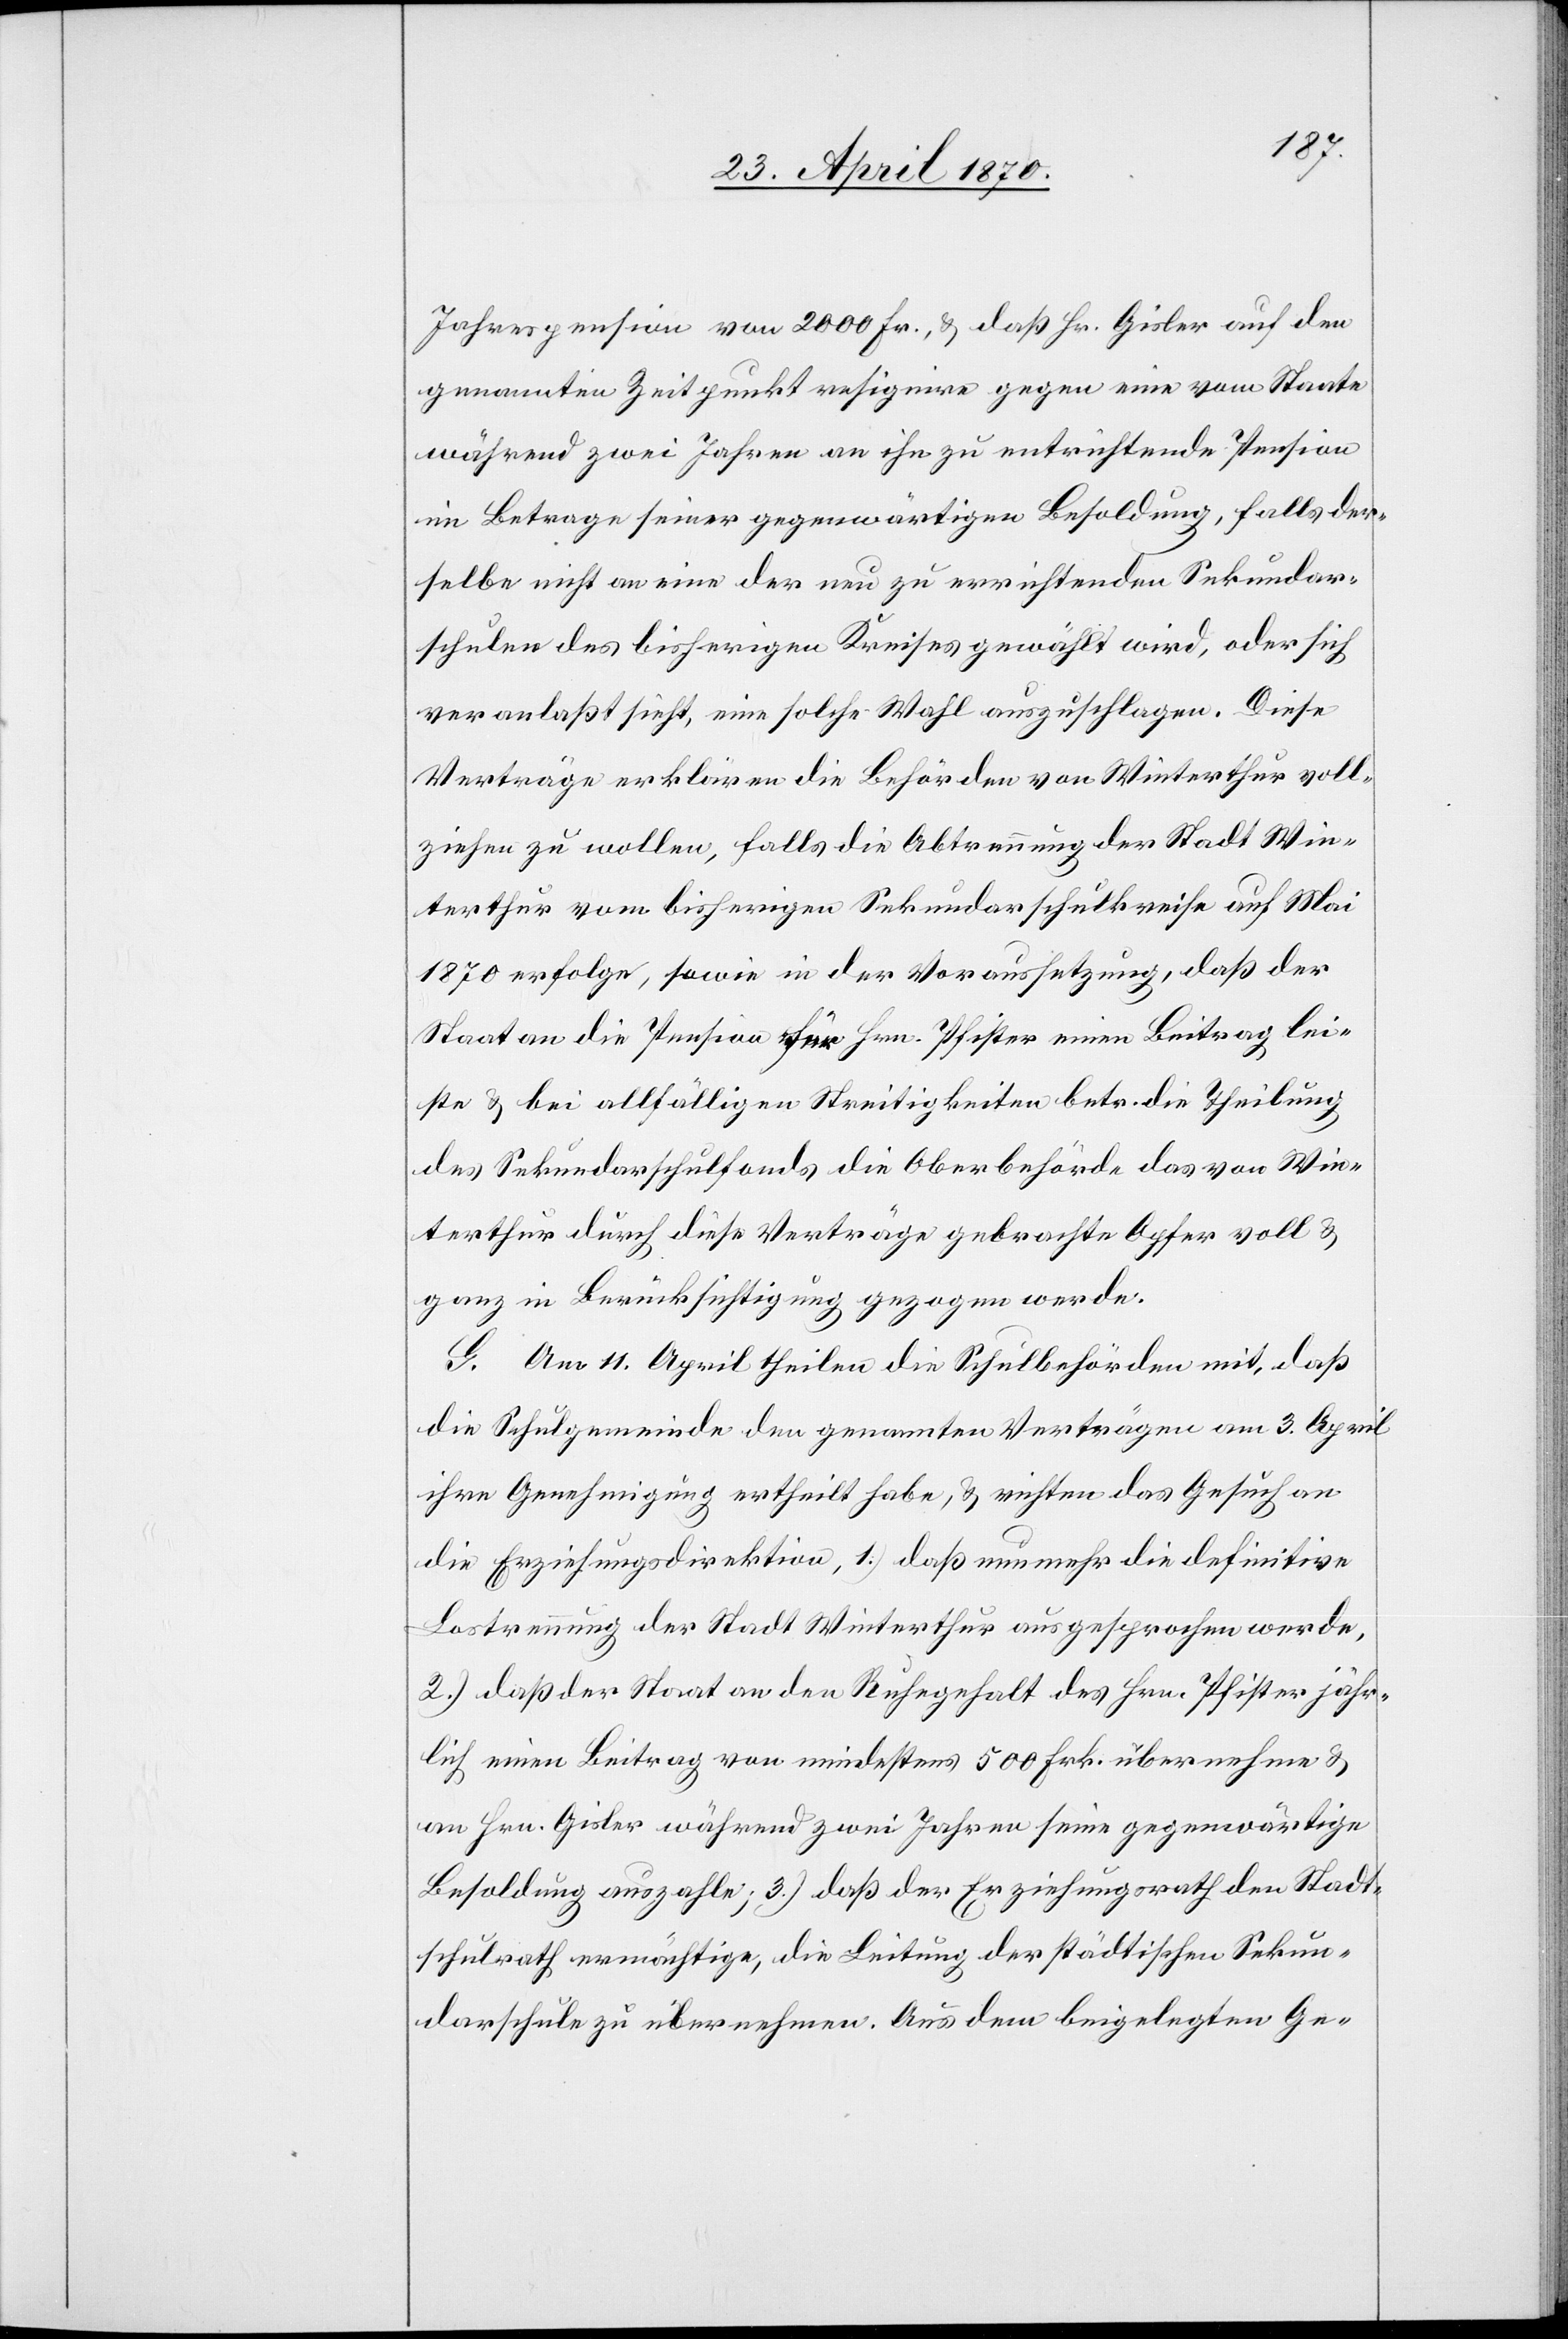
Jahrespension von 2000 Fr., & daß Hr. Gisler auf den
genannten Zeitpunkt resignire gegen eine vom Staate
während zwei Jahren an ihn zu entrichtende Pension
im Betrage seiner gegenwärtigen Besoldung, falls der¬
selbe nicht an eine der neu zu errichtenden Sekundar¬
schulen des bisherigen Kreises gewählt wird, oder sich
veranlaßt sieht, eine solche Wahl auszuschlagen. Diese
Verträge erklären die Behörden von Winterthur voll¬
ziehen zu wollen, falls die Abtrennung der Stadt Win¬
terthur vom bisherigen Sekundarschulkreise auf Mai
1870 erfolge, sowie in der Voraussetzung, daß der
Staat an die Pension für Hrn. Pfister einen Beitrag lei¬
ste & bei allfälligen Streitigkeiten betr. die Theilung
des Sekundarschulfonds die Oberbehörde das von Win¬
terthur durch diese Verträge gebrachte Opfer voll &
ganz in Berücksichtigung gezogen werde.
G. Am 11. April theilen die Schulbehörden mit, daß
die Schulgemeinde den genannten Verträgen am 3. April
ihre Genehmigung ertheilt habe, & richten das Gesuch an
die Erziehungsdirektion, 1.) daß nunmehr die definitive
Lostrennung der Stadt Winterthur ausgesprochen werde,
2.) daß der Staat an den Ruhegehalt des Hrn. Pfister jähr¬
lich einen Beitrag von mindestens 500 Frk. übernehme &
an Hrn. Gisler während zwei Jahren seine gegenwärtige
Besoldung auszahle; 3.) daß der Erziehungsrath den Stadt¬
schulrath ermächtige, die Leitung der städtischen Sekun¬
darschule zu übernehmen. Aus dem beigelegten Ge-